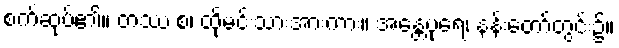
စက်ဆုပ်၏။ တဿ စ၊ ထိုမင်းသားအားကား။ အန္တေပုရေ၊ နန်းတော်တွင်း၌။